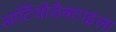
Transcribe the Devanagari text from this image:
आर्टियोडैक्टाइला